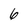
Character: 6